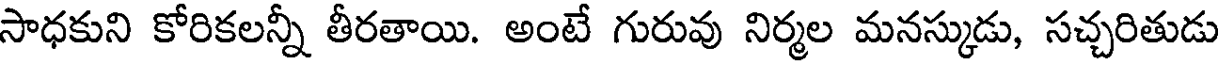
సాధకుని కోరికలన్నీ తీరతాయి. అంటే గురువు నిర్మల మనస్కుడు, సచ్చరితుడు